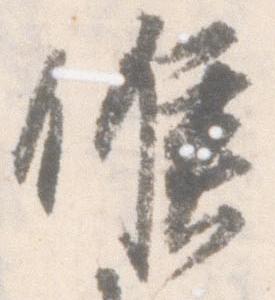
候